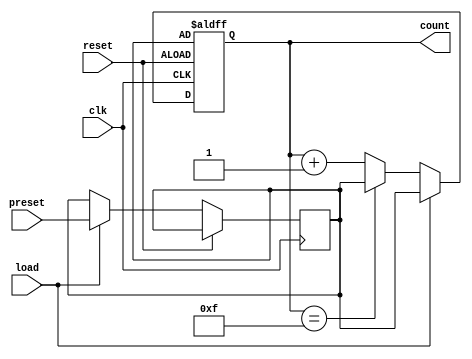
module presettable_counter #(
    parameter N = 4 // Bit-width of the counter
)(
    input wire clk,          // Clock signal
    input wire reset,        // Asynchronous reset signal
    input wire [N-1:0] preset, // Preset value input
    input wire load,         // Load signal to load preset value
    output reg [N-1:0] count // Current count output
);

    // Internal register to hold the preset value
    reg [N-1:0] preset_reg;

    // Maximum count value
    localparam MAX_COUNT = (1 << N) - 1;

    // Asynchronous reset and load logic
    always @(posedge clk or posedge reset) begin
        if (reset) begin
            // Reset the counter to the preset value
            count <= preset_reg;
        end else if (load) begin
            // Load the preset value into the preset register
            preset_reg <= preset;
            // Load the preset value into the counter
            count <= preset_reg;
        end else begin
            // Increment the counter
            if (count == MAX_COUNT) begin
                count <= preset_reg; // Roll over to preset value
            end else begin
                count <= count + 1; // Increment the counter
            end
        end
    end

    // Initialize the preset register
    initial begin
        preset_reg = 0; // Default preset value
        count = 0;      // Initialize count to 0
    end

endmodule